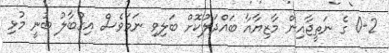
0-2 ގެ ނަތީޖާއިން މާޒިޔާއާ ބައްދަލުކޮށް ބަލިވި ނަމަވެސް އިގުބާލު ބުނީ މުޅި